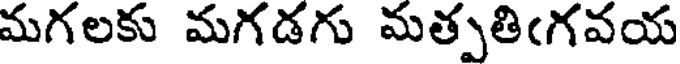
మగలకు మగడగు మత్పతిఁగవయ